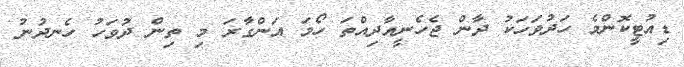
ޑިއުޓީކޮންމެ ހަދުވަހަކު ދާން ޖެހެނީއާދިއްތަ ހޯމަ އަންގާރަ މި ތިން ދުވަހު ހެނދުނު